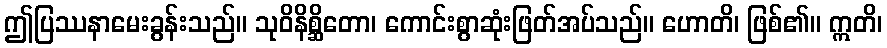
ဤပြဿနာမေးခွန်းသည်။ သုဝိနိစ္ဆိတော၊ ကောင်းစွာဆုံးဖြတ်အပ်သည်။ ဟောတိ၊ ဖြစ်၏။ ဣတိ၊